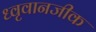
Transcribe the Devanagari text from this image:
ध्वृवानजीक